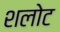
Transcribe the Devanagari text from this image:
शलोट